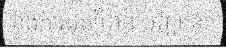
និងការដុតព្រៃ។ បញ្ហានេះ